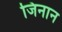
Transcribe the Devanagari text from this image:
जिनान